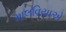
માલવિયાએ